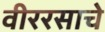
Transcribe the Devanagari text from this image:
वीररसाचे